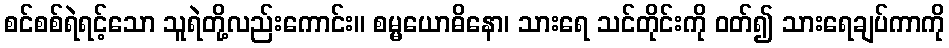
စင်စစ်ရဲရင့်သော သူရဲတို့လည်းကောင်း။ စမ္မယောဓိနော၊ သားရေ သင်တိုင်းကို ဝတ်၍ သားရေချပ်ကာကို